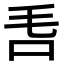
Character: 𣬧